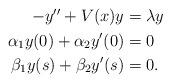
LaTeX: \begin{align*} \begin{aligned}-y'' + V(x) y &= \lambda y \\\alpha_1 y(0) + \alpha_2 y'(0) &= 0 \\\beta_1 y(s) + \beta_2 y'(s) &= 0.\end{aligned}\end{align*}